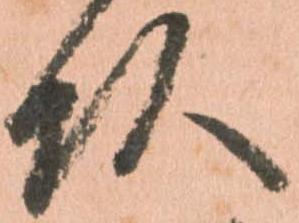
頭